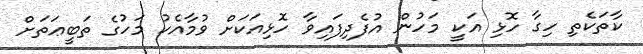
ކާތަކެތި ހިގާ ހޮޅި އަކީ މަހުން އުފެދިފައިވާ ހޮޅިއަކަށް ވުމާއެކު މަހުގެ ތަބީޢަތަށް